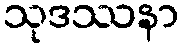
သုဒဿနာ